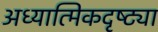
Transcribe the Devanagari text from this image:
अध्यात्मिकदृष्ट्या